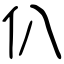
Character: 仈